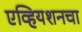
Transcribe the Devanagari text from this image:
एव्हियशनचा